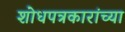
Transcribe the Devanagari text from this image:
शोधपत्रकारांच्या